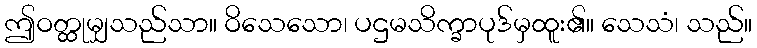
ဤဝတ္ထုမျှသည်သာ။ ဝိသေသော၊ ပဌမသိက္ခာပုဒ်မှထူး၏။ သေသံ၊ သည်။